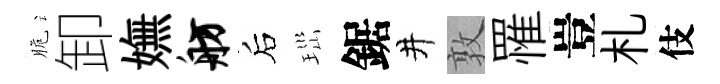
脆卸嫵舫后𤤼鋸井敦罹豈札伎